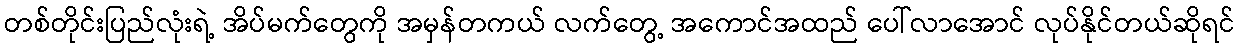
တစ်တိုင်းပြည်လုံးရဲ့ အိပ်မက်တွေကို အမှန်တကယ် လက်တွေ့ အကောင်အထည် ပေါ်လာအောင် လုပ်နိုင်တယ်ဆိုရင်